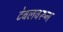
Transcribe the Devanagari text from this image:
टेबलवरून